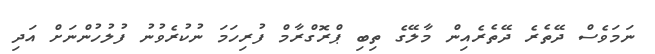
ނަމަވެސް ދޭތެރެ ދޭތެރެއިން މާލޭގެ ތިބި ޕްރޮގްރާމް ފުރިހަމަ ނުކުރެވުނު ފުލުހުންނަށް އަދި